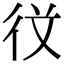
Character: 𭛣